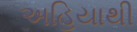
અહિયાથી